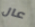
عال